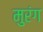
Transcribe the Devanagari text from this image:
मुरंग